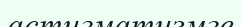
астигматизмге